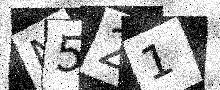
Text: N521